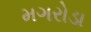
મગરોડા